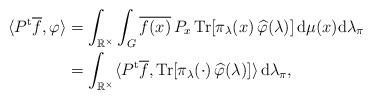
LaTeX: \begin{align*}\langle P^\mathrm{t} \overline f,\varphi\rangle &= \int_{\mathbb R^\times }\int_G \overline{f(x)}\,P_x\operatorname{Tr}[\pi_\lambda(x)\,\widehat \varphi(\lambda)]\,\mathrm d\mu(x)\mathrm d\lambda_\pi \\&= \int_{\mathbb R^\times }\langle P^\mathrm{t}\overline{f},\operatorname{Tr}[\pi_\lambda(\cdot)\,\widehat \varphi(\lambda)]\rangle\,\mathrm d\lambda_\pi,\end{align*}